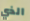
الذي